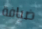
ضيافة